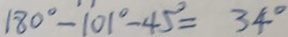
1 8 0 ^ { \circ } - 1 0 1 ^ { \circ } - 4 5 ^ { \circ } = 3 4 ^ { \circ }